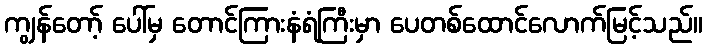
ကျွန်တော့် ပေါ်မှ တောင်ကြားနံရံကြီးမှာ ပေတစ်ထောင်လောက်မြင့်သည်။